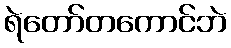
ရဲတော်တကောင်ဘဲ